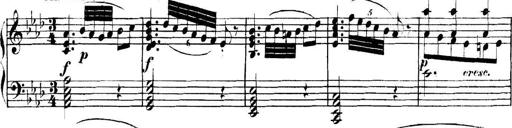
Title: Collected Piano Sonatas
Composer: Muzio Clementi